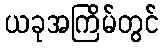
ယခုအကြိမ်တွင်